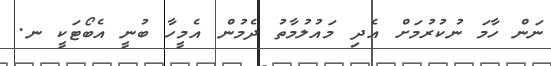
ނަން ހާމަ ނުކުރުމަށް އެދި މައުލުމާތު ދެމުން އެމީހާ ބުނީ އެބޯޓަކީ ނ.